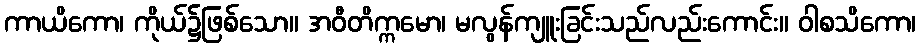
ကာယိကော၊ ကိုယ်၌ဖြစ်သော။ အဝီတိက္ကမော၊ မလွန်ကျူးခြင်းသည်လည်းကောင်း။ ဝါစသိကော၊